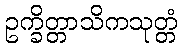
ဥက္ခိတ္တာသိကသုတ္တံ